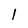
Character: 1